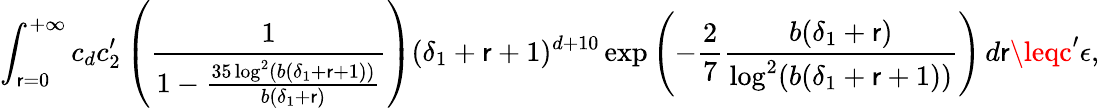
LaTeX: \int_{\mathsf{r}=0}^{+\infty}c_{d}c_{2}^{\prime}\left(\frac{{1}}{{1-\frac{{35\log^{2}(b(\delta_{1}+\mathsf{r}+1))}}{{b(\delta_{1}+\mathsf{r})}}}}\right)(\delta_{1}+\mathsf{r}+1)^{d+10}\exp\left(-\frac{{2}}{{7}}\frac{{b(\delta_{1}+\mathsf{r})}}{{\log^{2}(b(\delta_{1}+\mathsf{r}+1))}}\right)\, d\mathsf{r}\leqc^{\prime}\epsilon,